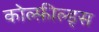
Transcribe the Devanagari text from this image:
कोल्फ़ील्ड्स